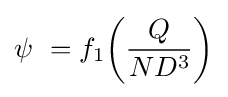
\psi \ =f_{1}\!\left({Q \over {ND^{3}}}\right)